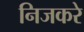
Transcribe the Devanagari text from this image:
निजकरे